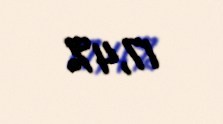
17,4%